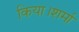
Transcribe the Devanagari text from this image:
किया।शर्मा